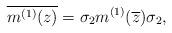
LaTeX: \begin{align*} \overline{m^{(1)}(z)}=\sigma_2 m^{(1)}(\overline{z})\sigma_2, \end{align*}